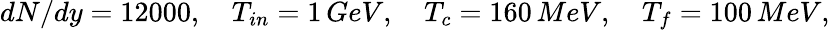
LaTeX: dN/dy=12000,\quad T_{in}=1\, GeV,\quad T_{c}=160\, MeV,\quad T_{f}=100\, MeV,